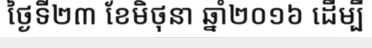
ថ្ងៃទី២៣ ខែមិថុនា ឆ្នាំ២០១៦ ដើម្បី